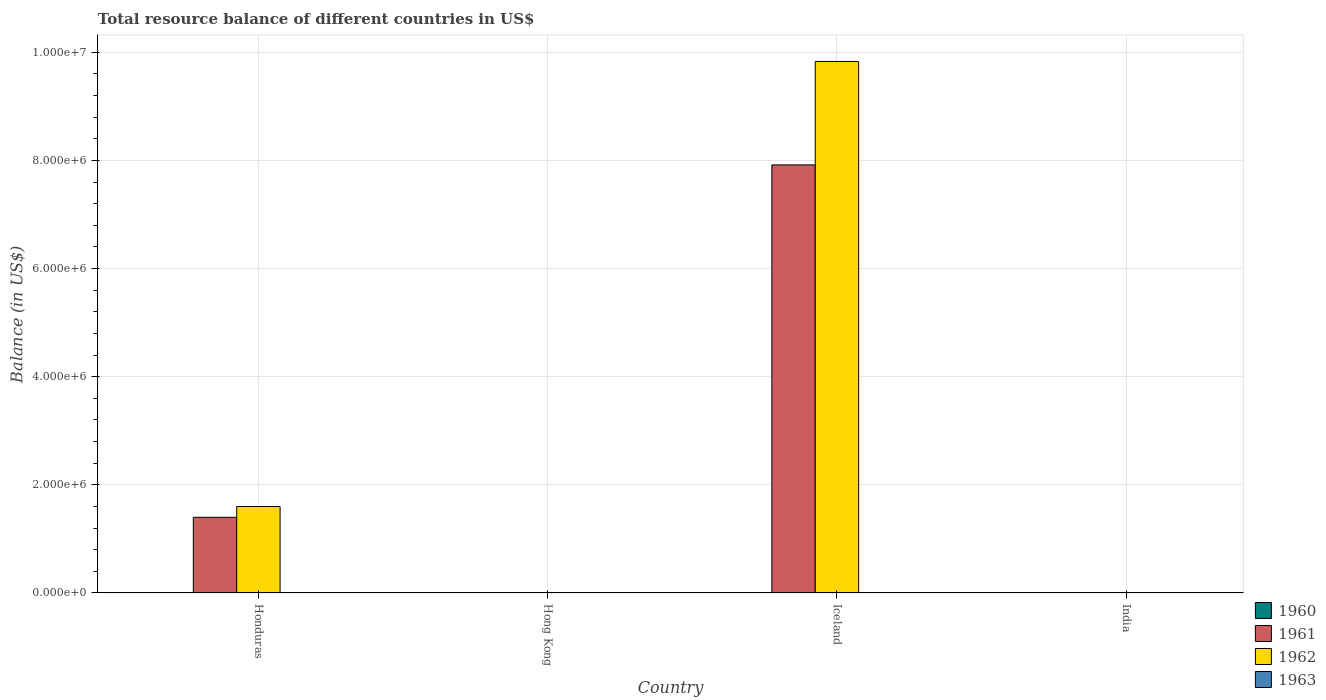
| Country | 1960 | 1961 | 1962 | 1963 |
 | --- | --- | --- | --- | --- |
 | Honduras | -5.5e+06 | 1.4e+06 | 1.6e+06 | -1.08e+07 |
 | Hong Kong | -1.27e+08 | -1.5e+08 | -1.78e+08 | -1.82e+08 |
 | Iceland | -1.06e+07 | 7.92e+06 | 9.83e+06 | -4.06e+06 |
 | India | -8.78e+08 | -6.49e+08 | -7.85e+08 | -7.88e+08 |